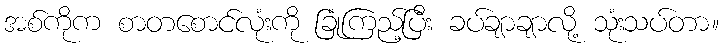
အစ်ကိုက စာတစောင်လုံးကို ခြုံကြည့်ပြီး ခပ်ချာချာလို့ သုံးသပ်တာ။